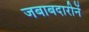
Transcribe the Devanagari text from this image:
जबाबदारीनें